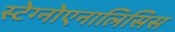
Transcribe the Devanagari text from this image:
स्टेग्नोएनालिसिस